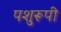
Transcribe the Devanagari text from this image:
पशुरूपी